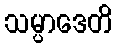
သမ္ပာဒေတိ